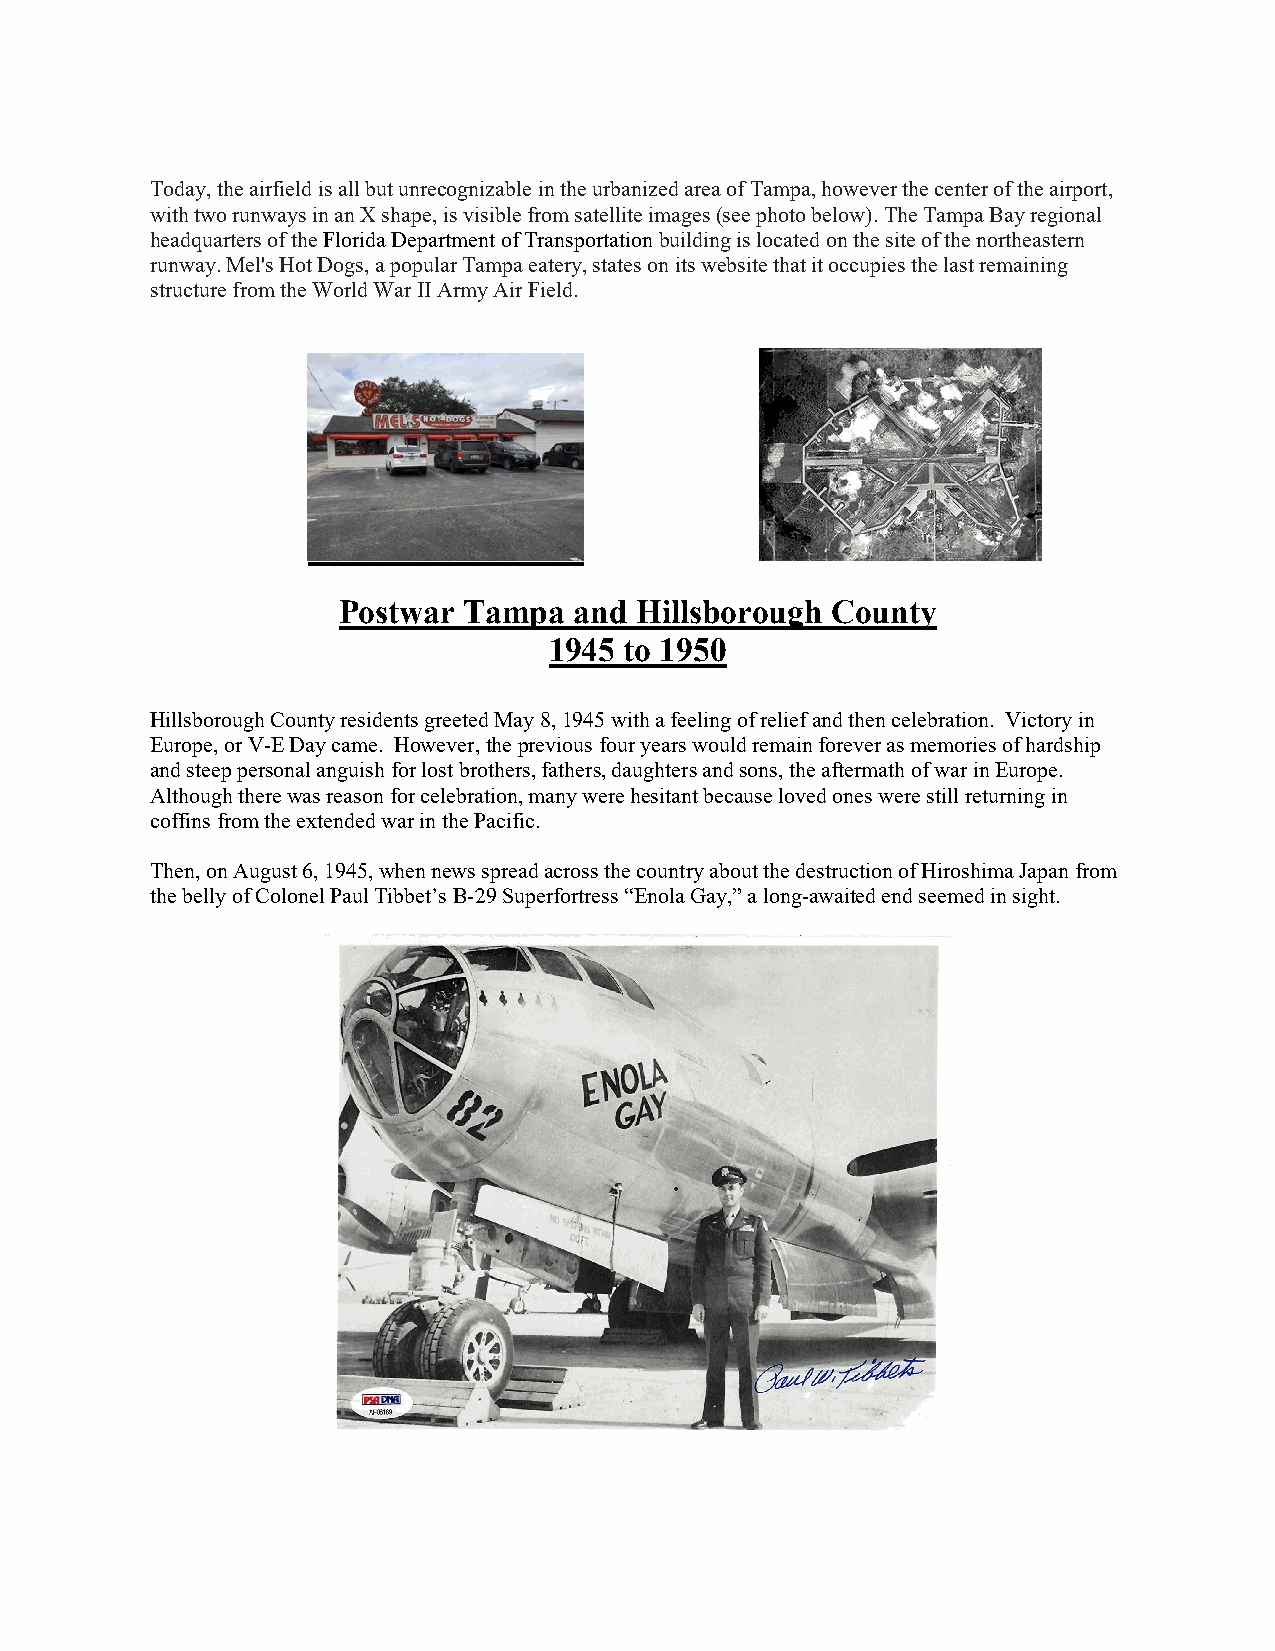
Today, the airfield is all but unrecognizable in the urbanized area of Tampa, however the center of the airport,
 with two runways in an X shape, is visible from satellite images (see photo below). The Tampa Bay regional
 headquarters of the Florida Department of Transportation building is located on the site of the northeastern
 runway. Mel's Hot Dogs, a popular Tampa eatery, states on its website that it occupies the last remaining
 structure from the World War II Army Air Field.
 Postwar  Tampa  and Hillsborough County
 1945 to 1950
 Hillsborough County residents greeted May 8, 1945 with a feeling of relief and then celebration. Victory in
 Europe, or V-E Day came. However, the previous four years would remain forever as memories of hardship
 and steep personal anguish for lost brothers, fathers, daughters and sons, the aftermath of war in Europe.
 Although there was reason for celebration, many were hesitant because loved ones were still returning in
 coffins from the extended war in the Pacific.
 Then, on August 6, 1945, when news spread across the country about the destruction of Hiroshima Japan from
 the belly of Colonel Paul Tibbet’s B-29 Superfortress “Enola Gay,” a long-awaited end seemed in sight.